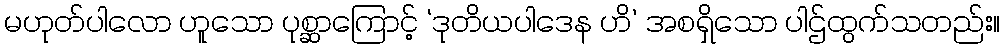
မဟုတ်ပါလော ဟူသော ပုစ္ဆာကြောင့် ‘ဒုတိယပါဒေန ဟိ’ အစရှိသော ပါဌ်ထွက်သတည်း။